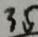
3 5